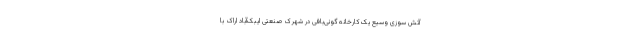
آتش سوزی وسیع یک کارخانه گونی‌بافی در شهرک صنعتی ایبک‌آباد اراک با